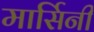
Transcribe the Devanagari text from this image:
मार्सिनी